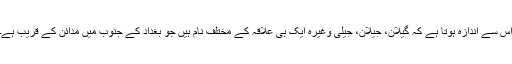
اس سے اندازہ ہوتا ہے کہ گیلان، جیلان، جیلی وغیرہ ایک ہی علاقہ کے مختلف نام ہیں جو بغداد کے جنوب میں مدائن کے قریب ہے۔